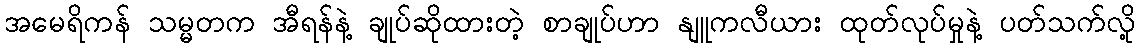
အမေရိကန် သမ္မတက အီရန်နဲ့ ချုပ်ဆိုထားတဲ့ စာချုပ်ဟာ နျူကလီယား ထုတ်လုပ်မှုနဲ့ ပတ်သက်လို့